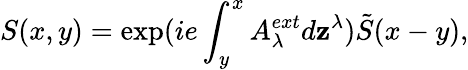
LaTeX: S(x,y)=\exp(ie\int_{y}^{x}A_{\lambda}^{ext}d\mathbf{z}^{\lambda})\tilde{{S}}(x-y),